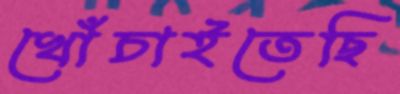
খোঁচাইতেছি